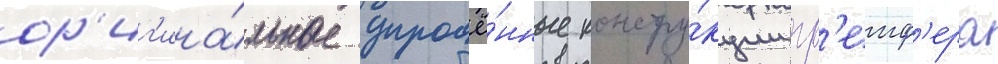
ор'иг'ина́льные упрощё́нные констру́кции гр'еиф'ера